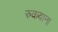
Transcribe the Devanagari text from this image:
रुकवाना